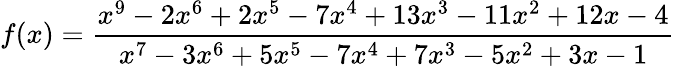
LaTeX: f(x)={\frac{x^{9}-2x^{6}+2x^{5}-7x^{4}+13x^{3}-11x^{2}+12x-4}{x^{7}-3x^{6}+5x^{5}-7x^{4}+7x^{3}-5x^{2}+3x-1}}